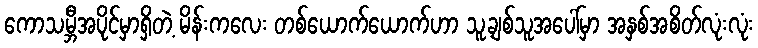
ကောသမ္ဘီအပိုင်မှာရှိတဲ့ မိန်းကလေး တစ်ယောက်ယောက်ဟာ သူ့ချစ်သူအပေါ်မှာ အနှစ်အစိတ်လုံးလုံး